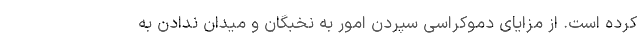
کرده است. از مزایای دموکراسی سپردن امور به نخبگان و میدان ندادن به